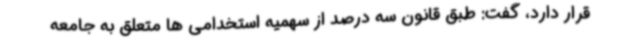
قرار دارد، گفت: طبق قانون سه درصد از سهمیه استخدامی ها متعلق به جامعه